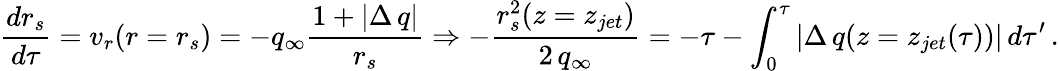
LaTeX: \frac{dr_{s}}{d\tau}=v_{r}(r=r_{s})=-q_{\infty}\frac{1+|\Delta\, q|}{r_{s}}\Rightarrow-\frac{r_{s}^{2}(z=z_{jet})}{2\, q_{\infty}}=-\tau-\int_{0}^{\tau}|\Delta\, q(z=z_{jet}(\tau))|\, d\tau^{\prime}\, .